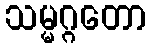
သမ္မဂ္ဂတော